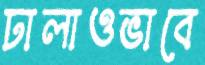
ঢালাওভাবে